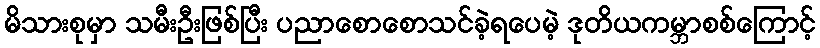
မိသားစုမှာ သမီးဦးဖြစ်ပြီး ပညာစောစောသင်ခဲ့ရပေမဲ့ ဒုတိယကမ္ဘာစစ်ကြောင့်